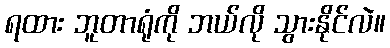
ရထား ဘူတာရုံကို ဘယ်လို သွားနိုင်လဲ။